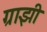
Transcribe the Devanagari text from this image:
ग्राझी